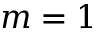
m = 1